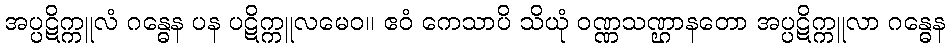
အပ္ပဋိက္ကူလံ ဂန္ဓေန ပန ပဋိက္ကူလမေဝ။ ဧဝံ ကေသာပိ သိယုံ ဝဏ္ဏသဏ္ဌာနတော အပ္ပဋိက္ကူလာ ဂန္ဓေန